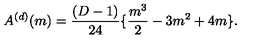
A ^ { ( d ) } ( m ) = \frac { ( D - 1 ) } { 2 4 } \{ \frac { m ^ { 3 } } { 2 } - 3 m ^ { 2 } + 4 m \} .